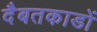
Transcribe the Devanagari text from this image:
दैबतकाडों